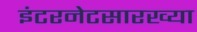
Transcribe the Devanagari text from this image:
इंटरनेटसारख्या